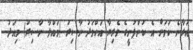
އަރާނެ ކަމަށް އެ ކުންފުނީގެ ވެރިޔާ އަހްމަދު ނާސިރު (މައްލާ ނާސިރު) މިއަދު